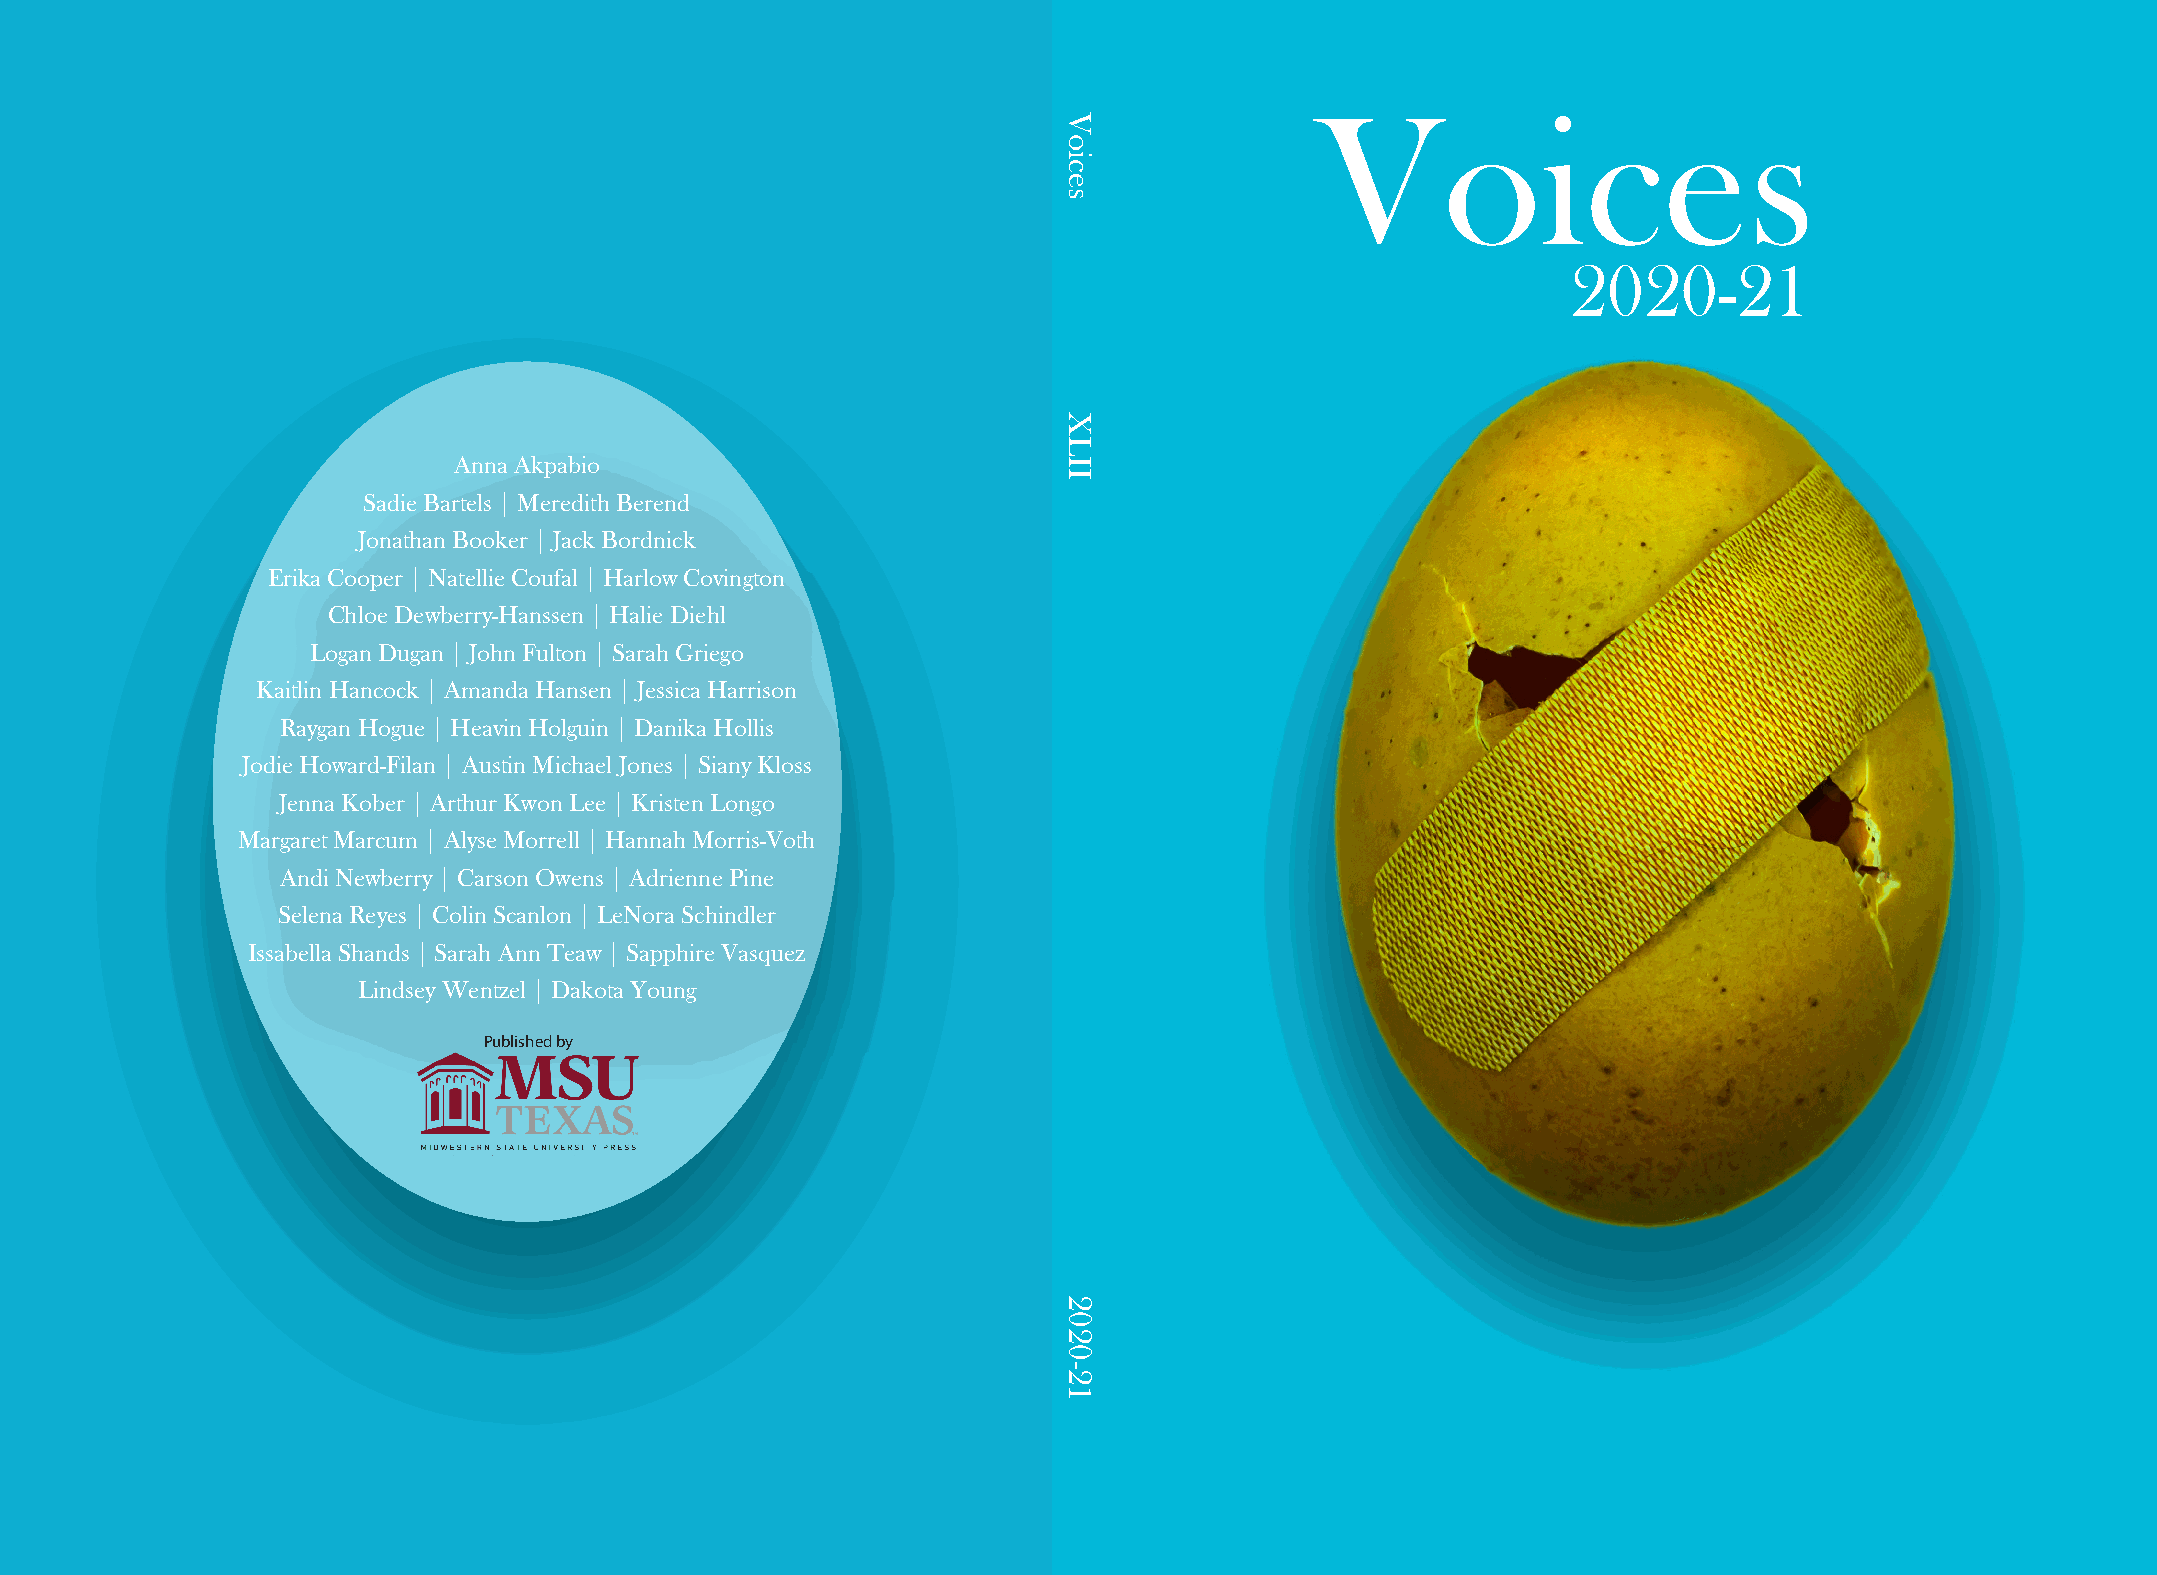
Voices
 2020-21
 Anna Akpabio
 Sadie Bartels | Meredith Berend
 Jonathan Booker | Jack Bordnick
 Erika Cooper | Natellie Coufal | Harlow Covington
 Chloe Dewberry-Hanssen | Halie Diehl
 Logan Dugan | John Fulton | Sarah Griego
 Kaitlin Hancock | Amanda Hansen | Jessica Harrison
 Raygan Hogue | Heavin Holguin | Danika Hollis
 Jodie Howard-Filan | Austin Michael Jones | Siany Kloss
 Jenna Kober | Arthur Kwon Lee | Kristen Longo
 Margaret Marcum | Alyse Morrell | Hannah Morris-Voth
 Andi Newberry | Carson Owens | Adrienne Pine
 Selena Reyes | Colin Scanlon | LeNora Schindler
 Issabella Shands | Sarah Ann Teaw | Sapphire Vasquez
 Lindsey Wentzel | Dakota Young
 Published by
 Voices
 XLII
 2020-21